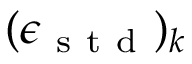
( \epsilon _ { \mathrm { ~ s ~ t ~ d ~ } } ) _ { k }